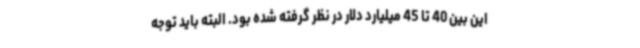
این بین 40 تا 45 میلیارد دلار در نظر گرفته شده بود. البته باید توجه